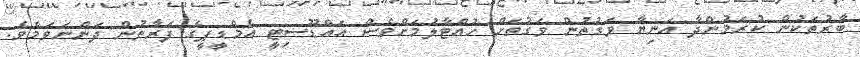
ބާރުތަކުން ކުރަމުންދާ އަނިޔާ ވަގުތުން ވަގުތަށް ހުއްޓާލުމަށްވެސް އައްޑޫސިޓީ އެމްޑީޕީގެ ފަރާތުން ދަންނަވަމެވެ.